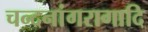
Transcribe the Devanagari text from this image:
चन्दनांगरागादि